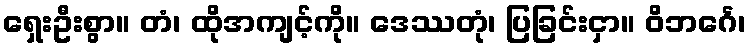
ရှေးဦးစွာ။ တံ၊ ထိုအကျင့်ကို။ ဒေဿတုံ၊ ပြခြင်းငှာ။ ဝိဘင်္ဂေ၊